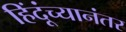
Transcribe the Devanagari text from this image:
हिंदूंच्यानंतर